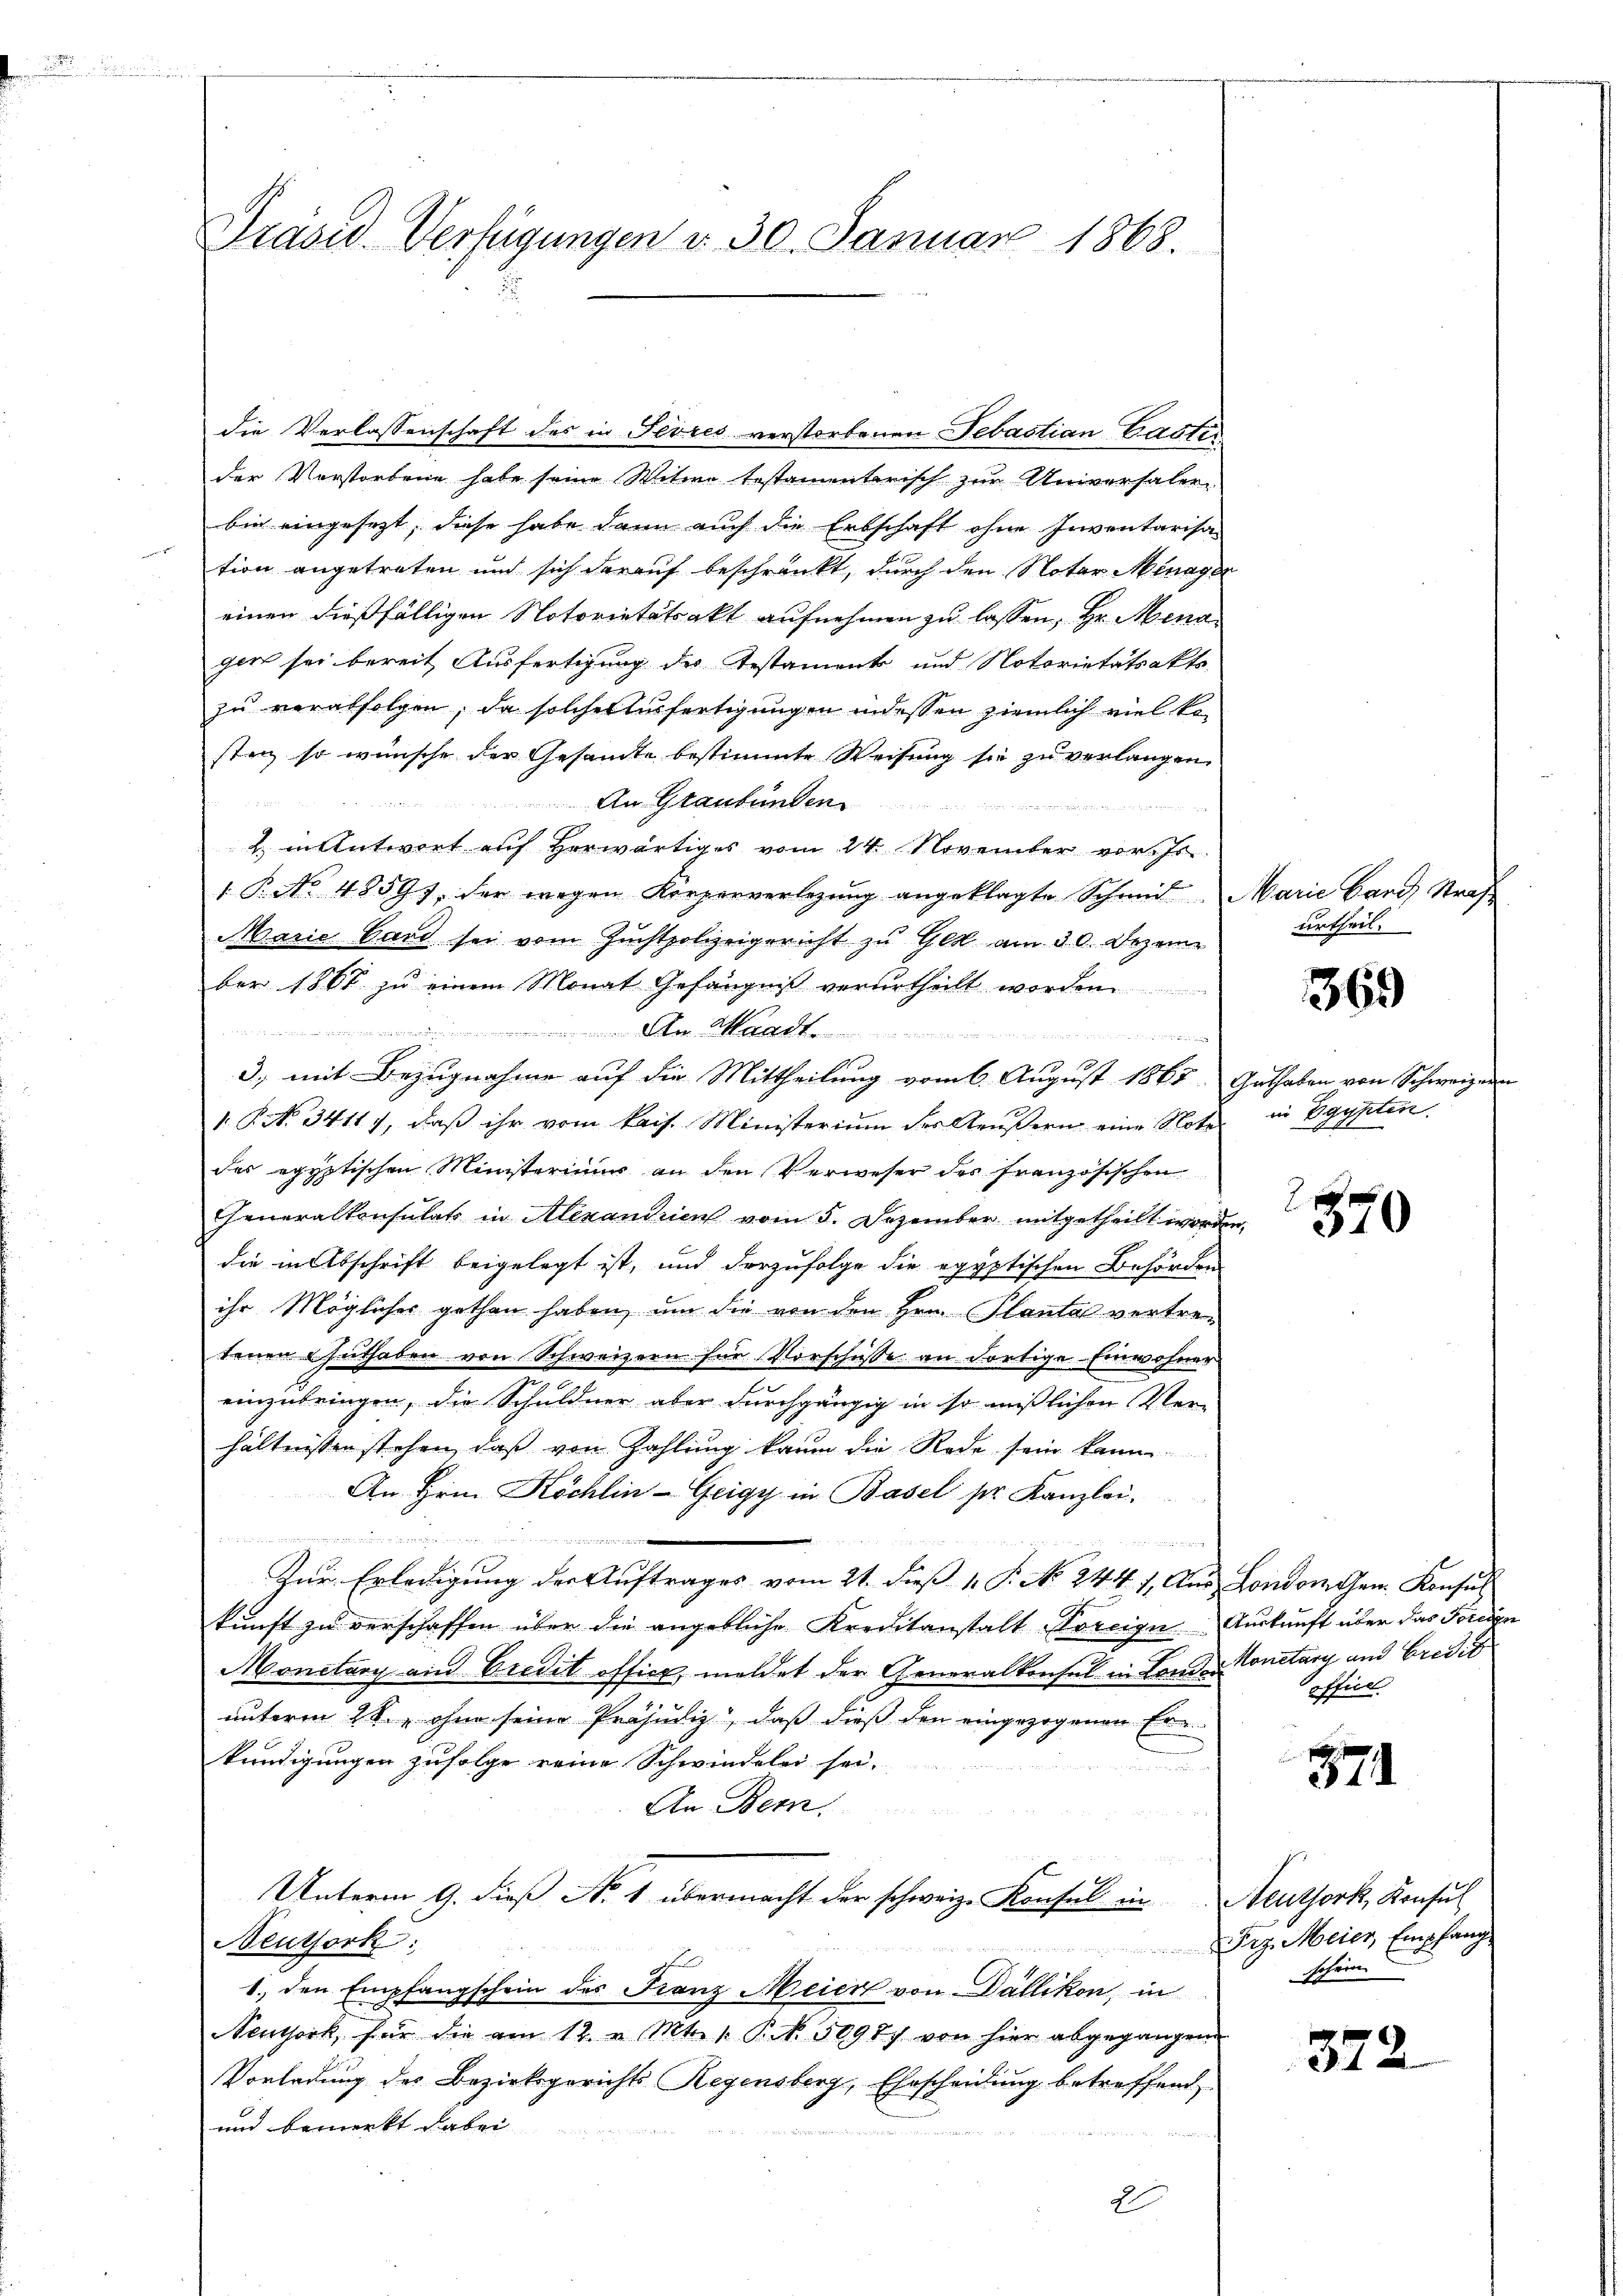
Präsid. Verfügungen v. 30. Januar 1868

die Verlassenschaft des in Sevres verstorbenen Sebastian Castis
der Vorstorbene habe seine Witwe testamenterisch zur Universalen-
bin eingesezt, diese habe dann auch die Erbschaft ohne Inventarisa
tion angetreten und sich darauf beschränkt, durch den Notar Menager
einen dießfälligen Notorietätsakt aufnehmen zu lassen, Hr. Mein
gen sei bereit Ausfertigung des Testament und Notarietätsaktszu verabfolgen, da solches Ausfertigungen indessen ziemlich viel ko
stanz so wünsche der Gesamte bestimmte Weisung sie zu verlangen.

An Graubünden.
2. in Antwort auf herwärtiges vom 24. November vor. Js.
1 P. No 48597, der wegen Körperverlegung angeklagte Schmid Marie Gard Straf
Marie Gard sei vom Zuchtpolizeigericht zu Ges am 30. Dezem
ber 1867 zu einem Monat Gefängnis verurtheilt worden

A.
3., mit Bezugnahme auf die Mittheilung vom 6. August 1867, Guthaben von Schweizer
1. P. N. 3411), daß ihr vom kais. Ministerium der Aeußern eine Noter
des egyptischen Ministeriuum an den Verweser des französischen
Generalkonsulats in Alexandrien vom 5. Dezember mitgetheilt worden.
die in Abschrift beigelegt ist, und derzufolge die egyptischen Behörden
ihr Möglicher gethan haben, um die von den Hrn. Plantar vertretenen Guthaben von Schweizern für Vorschüsse an dortige Einwohner
einzubringen, die Schuldner aber durchgängig in so misslichen Ver-
hältnissen stehen, daß von Zahlung kaum die Rede sein kann
An Hrn. Köchlin-Geigy in Basel ser Kanzlei.
                ein anerkann nun an u genommen au
2 Felder den
Zur Erledigung der Auftrages vom 21. dieß v. P. No. 244. 1. Aus Londonesen Konsul
kunft zu verschaffen über die angebliche Kreditanstalt Poreige Auskunft über das Foreien
Monitary und Credit offier, meldet der Generalkonsul in Landes Konetary und Credit
unterm 28. ohne seine Präjudiz, daß dieß den eingezogenen Erkündigungen zufolge reine Schwindelei sei.
n
An Bern.
Unterm 9. dieß No 1 übermacht der schweiz. Konsul in Neuthork, Konsul
Neuthork:
1., den Empfangschein des Franz Meier von Dällikon, in
Neuthork, für die am 12. u. Mts. 1. P. N. 30987 von hier abgegangen
Vorladung des Bezirksgerichts Regensberg, Ehrscheidung betreffend
und bemerkt dabei

2

urtheil.

369

in Egypten.

1
310

office.

3

Prg. Meier, Empfang
schein

35

.